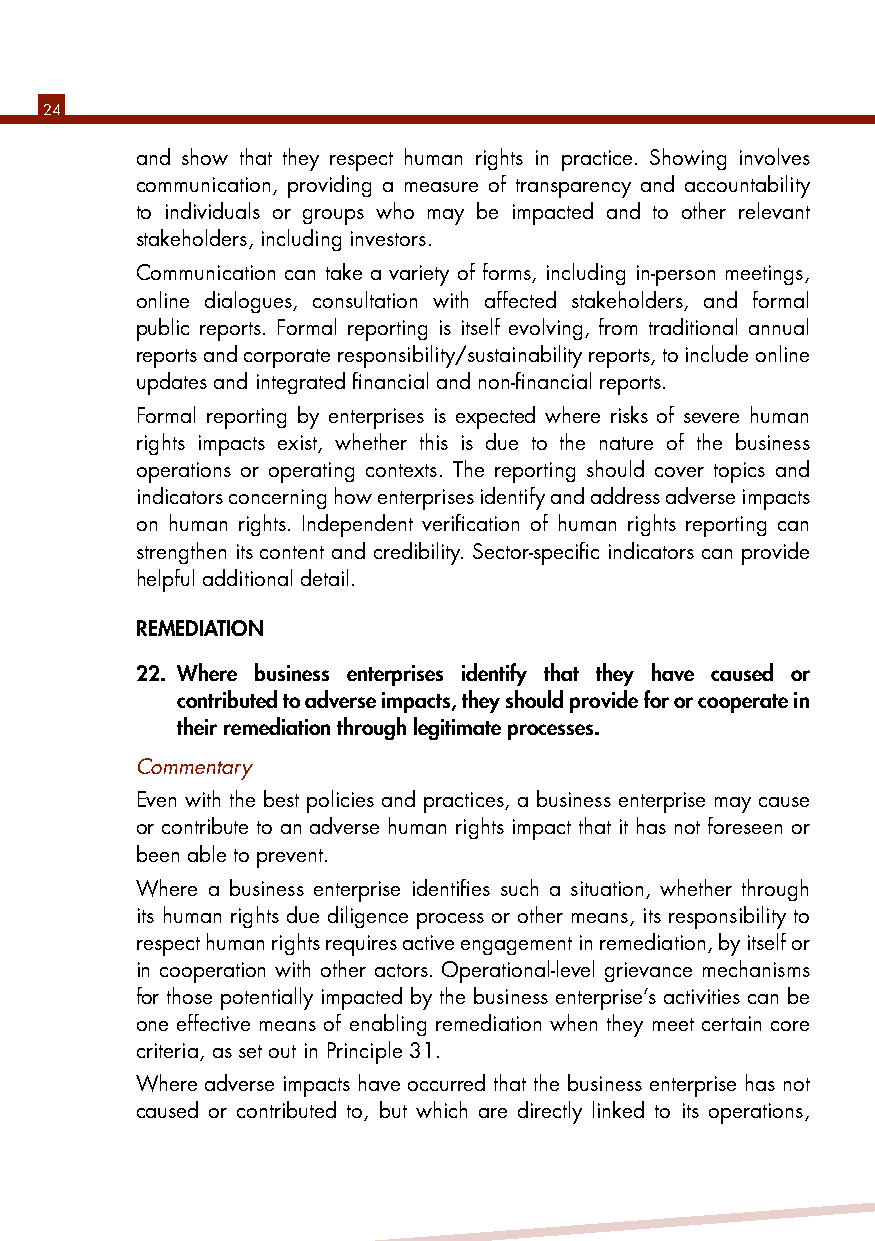
24
 and show that they respect human rights in practice. Showing involves
 communication, providing a measure of transparency and accountability
 to individuals or groups who may be impacted and to other relevant
 stakeholders, including investors.
 Communication can take a variety of forms, including in-person meetings,
 online dialogues, consultation with affected stakeholders, and formal
 public reports. Formal reporting is itself evolving, from traditional annual
 reports and corporate responsibility/sustainability reports, to include online
 updates and integrated financial and non-financial reports.
 Formal reporting by enterprises is expected where risks of severe human
 rights impacts exist, whether this is due to the nature of the business
 operations or operating contexts. The reporting should cover topics and
 indicators concerning how enterprises identify and address adverse impacts
 on human rights. Independent verification of human rights reporting can
 strengthen its content and credibility. Sector-specific indicators can provide
 helpful additional detail.
 REMEDIATION
 22. Where business enterprises identify that they have caused or
 contributed to adverse impacts, they should provide for or cooperate in
 their remediation through legitimate processes.
 Commentary
 Even with the best policies and practices, a business enterprise may cause
 or contribute to an adverse human rights impact that it has not foreseen or
 been able to prevent.
 Where a business enterprise identifies such a situation, whether through
 its human rights due diligence process or other means, its responsibility to
 respect human rights requires active engagement in remediation, by itself or
 in cooperation with other actors. Operational-level grievance mechanisms
 for those potentially impacted by the business enterprise’s activities can be
 one effective means of enabling remediation when they meet certain core
 criteria, as set out in Principle 31.
 Where adverse impacts have occurred that the business enterprise has not
 caused or contributed to, but which are directly linked to its operations,